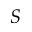
S